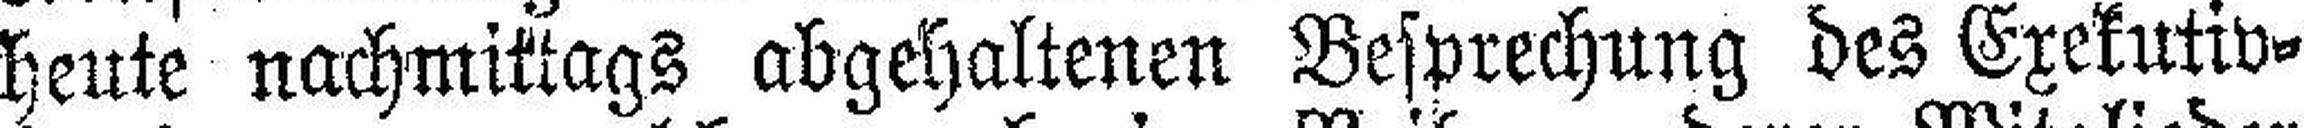
heute nachmittags abgehaltenen Besprechung des Exekutiv¬